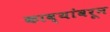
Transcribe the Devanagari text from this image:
काव्यांवरून